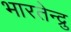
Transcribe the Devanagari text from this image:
भारतेन्द्रु